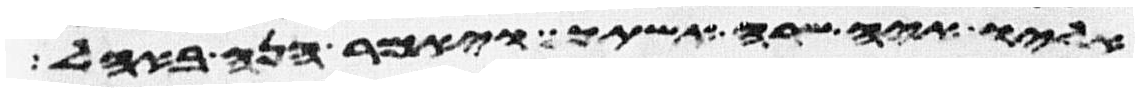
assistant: אליו איה שרה אשתך ויאמר הנה באהל